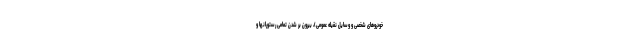
خودروهای شخصی و وسایل نقیله عمومی)، بیرون بر شدن تمامی رستورانها و